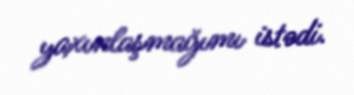
yaxınlaşmağımı istədi.